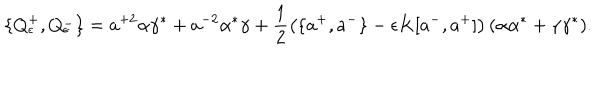
LaTeX: \{ Q _ { \epsilon } ^ { + } , Q _ { \epsilon } ^ { - } \} = a ^ { + 2 } \alpha \gamma ^ { * } + a ^ { - 2 } \alpha ^ { * } \gamma + \frac { 1 } { 2 } \left( \{ a ^ { + } , a ^ { - } \} - \epsilon K [ a ^ { - } , a ^ { + } ] \right) ( \alpha \alpha ^ { * } + \gamma \gamma ^ { * } ) .